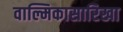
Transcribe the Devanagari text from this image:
वाल्मिकासारिखा